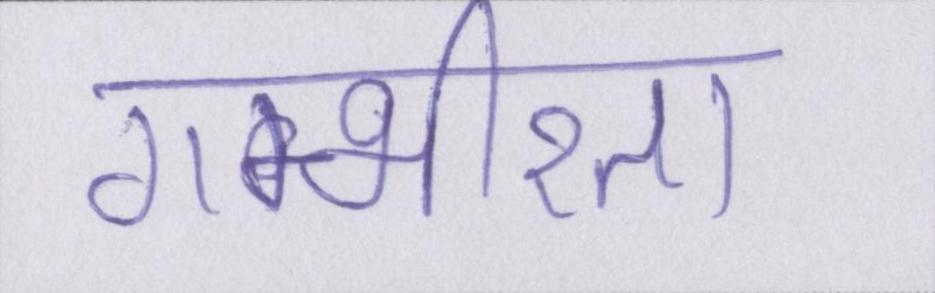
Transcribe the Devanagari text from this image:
गम्भीरता